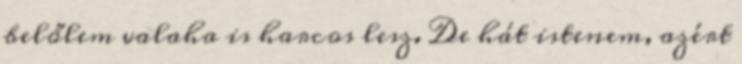
belőlem valaha is harcos lesz. De hát istenem, azért